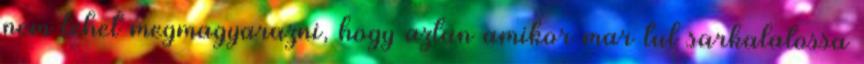
nem lehet megmagyarazni, hogy aztan amikor mar tul sarkalatossa